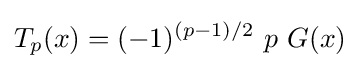
T_{p}(x)=(-1)^{(p-1)/2}\ p\ G(x)